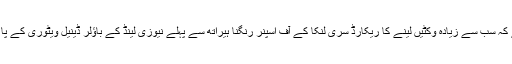
یاد رہے کہ سب سے زیادہ وکٹیں لینے کا ریکارڈ سری لنکا کے آف اسپنر رنگنا ہیراتھ سے پہلے نیوزی لینڈ کے باؤلر ڈینیل ویٹوری کے پا س تھا ۔